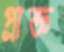
প্রাজ্ঞ